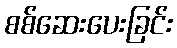
စစ်ဆေးပေးခြင်း